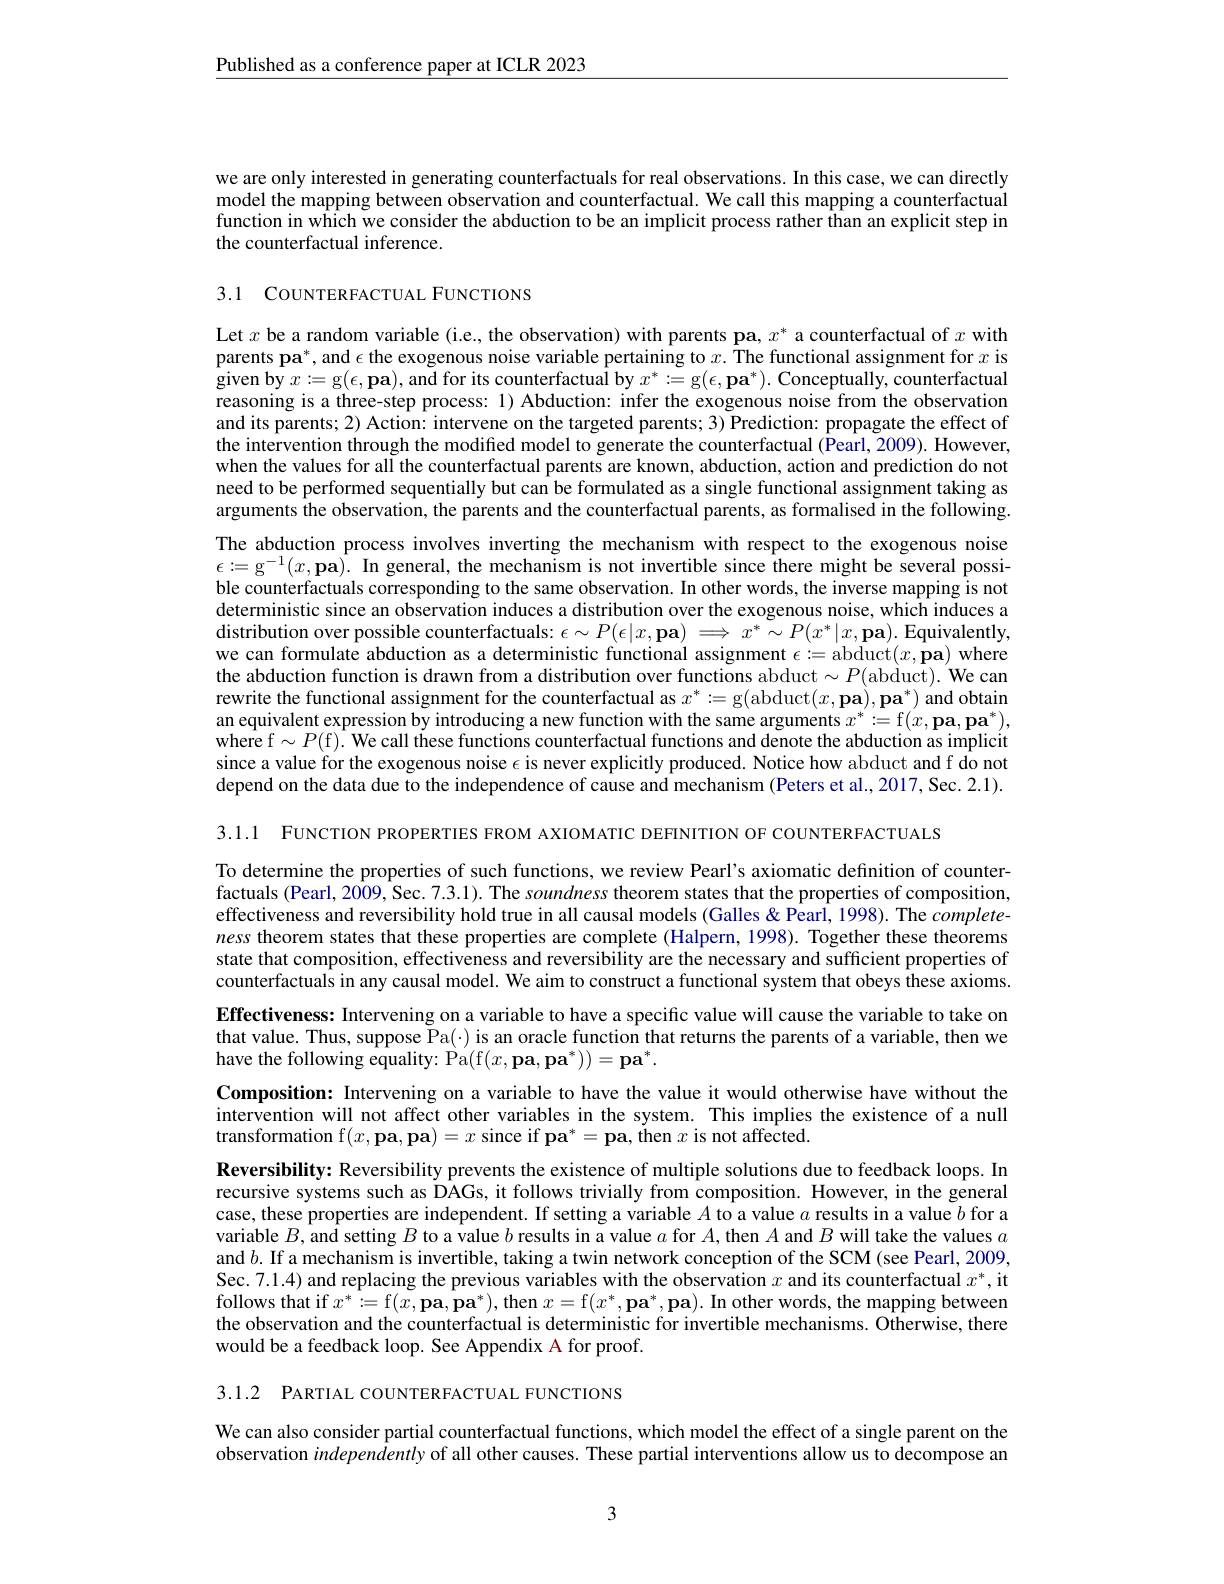
$\underline{\text{Published as a conference paper at ICLR 2023}}$

we are only interested in generating counterfactuals for real observations. In this case, we can directly model the mapping between observation and counterfactual. We call this mapping a counterfactual function in which we consider the abduction to be an implicit process rather than an explicit step in the counterfactual inference.

3.1 COUNTERFACTUAL FUNCTIONS

Let $x$ be a random variable (i.e., the observation) with parents pa, $x^*$ a counterfactual of $x$ with parents pa$^*$,and $\epsilon$ the exogenous noise variable pertaining to $x.$ The functional assignment for $x$ is $\bar{\text{given by }x}:=$g$( \epsilon , \textbf{pa}) , \textbf{and for its counterfactual by }x^* : =$g$(\epsilon,\textbf{pa}^*).$ Conceptually, counterfactual reasoning is a three-step process: 1) Abduction: infer the exogenous noise from the observation and its parents; 2) Action: intervene on the targeted parents; 3) Prediction: propagate the effect of the intervention through the modified model to generate the counterfactual (Pearl, 2009). However, when the values for all the counterfactual parents are known, abduction, action and prediction do not need to be performed sequentially but can be formulated as a single functional assignment taking as arguments the observation, the parents and the counterfactual parents, as formalised in the following. The abduction process involves inverting the mechanism with respect to the exogenous noise $\epsilon : = \mathrm{g} ^{- 1}( x, \mathbf{pa}) .$ In general, the mechanism is not invertible since there might be several possible counterfactuals corresponding to the same observation. In other words, the inverse mapping is not deterministic since an observation induces a distribution over the exogenous noise, which induces a distribution over possible counterfactuals: $\epsilon\sim P(\epsilon|x,\mathbf{pa})\implies x^*\sim P(x^*|x,\mathbf{pa}).$ Equivalently, we can formulate abduction as a deterministic functional assignment $\epsilon:=$abduct$(x,\mathbf{p}\mathbf{a})$ where the abduction function is drawn from a distribution over functions abduct $\sim P($abduct). We can rewrite the functional assignment for the counterfactual as $x^* : =$g(abduct$( x, \textbf{pa}) , \textbf{pa}^* )$ and obtain an equivalent expression by introducing a new function with the same arguments $x^*:=$f$( x, \textbf{pa}, \textbf{pa}^* ) $, $\hat{\mathrm{where~f}}\sim P(\hat{\mathrm{f}}).$ We call these functions counterfactual functions and denote the abduction as implicit since a value for the exogenous noise $\epsilon$ is never explicitly produced. Notice how abduct and f do not depend on the data due to the independence of cause and mechanism (Peters et al.,2017,Sec.2.1).

3.1.1 FUNCTION PROPERTIES FROM AXIOMATIC DEFINITION OF COUNTERFACTUALS

To determine the properties of such functions, we review Pearl's axiomatic definition of counterfactuals (Pearl, 2009, Sec. 7.3.1). The soundness theorem states that the properties of composition, effectiveness and reversibility hold true in all causal models (Galles &Pearl, 1998). The completeness theorem states that these properties are complete (Halpern, 1998). Together these theorems state that composition, effectiveness and reversibility are the necessary and sufficient properties of counterfactuals in any causal model. We aim to construct a functional system that obeys these axioms.

Effectiveness: Intervening on a variable to have a specific value will cause the variable to take on that value. Thus, suppose Pa(-) is an oracle function that returns the parents of a variable, then we have the following equality: Pa( f( x, pa, p$a^{* }$) ) = p$a^{* }$.
Composition: Intervening on a variable to have the value it would otherwise have without the intervention will not affect other variables in the system. This implies the existence of a null transformation f$( x, \textbf{pa}, \textbf{pa}) = x$ since if pa$^* = \textbf{pa, then }x$ is not affected.
Reversibility: Reversibility prevents the existence of multiple solutions due to feedback loops. In recursive systems such as DAGs, it follows trivially from composition. However, in the general case, these properties are independent. If setting a variable $A$ to a value $a$ results in a value $b$ for a variable $B$, and setting $B$ to a value $b$ results in a value $a$ for $A$,then $A$ and $B$ will take the values $a$ and $b.$ If a mechanism is invertible, taking a twin network conception of the SCM (see Pearl, 2009, Sec. 7.1.4) and replacing the previous variables with the observation $x$ and its counterfactual $x^*$, it follows that if $x^*:=$f$( x, \textbf{pa}, \textbf{pa}^* ) $,then $x=$f$( x^* , \textbf{pa}^* , \textbf{pa}) . \textbf{In other words, the mapping between}$ the observation and the counterfactual is deterministic for invertible mechanisms. Otherwise, there would be a feedback loop. See Appendix A for proof.

3.1.2 PARTIAL COUNTERFACTUAL FUNCTIONS

We can also consider partial counterfactual functions, which model the effect of a single parent on the observation independently of all other causes. These partial interventions allow us to decompose an

3